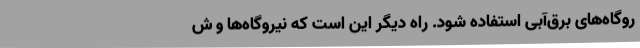
روگاه‌های برق‌آبی استفاده شود. راه دیگر این است که نیروگاه‌ها و ش